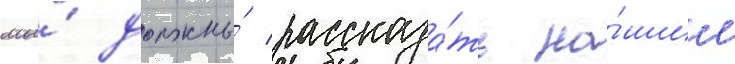
мы́ должны́ рассказа́ть на́шим